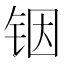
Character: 铟